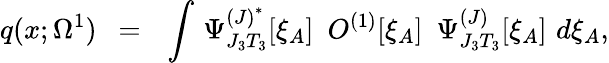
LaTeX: q(x;\Omega^{1})\ \ =\ \ \int\, \Psi_{J_{3}T_{3}}^{{(J)}^{*}}[\xi_{A}]\, \, \, O^{(1)}[\xi_{A}]\, \, \, \Psi_{J_{3}T_{3}}^{(J)}[\xi_{A}]\, \, d\xi_{A},